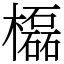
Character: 㰁